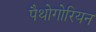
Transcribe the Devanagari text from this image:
पैथोगोरियन